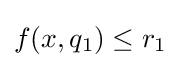
f(x,q_{1})\leq r_{1}\,\!